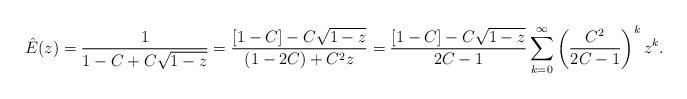
LaTeX: \begin{align*} \hat{E}(z) = \frac{1}{1-C + C \sqrt{1-z}} = \frac{[1-C] - C \sqrt{1-z}}{(1-2C) + C^2 z} = \frac{[1- C] - C \sqrt{1-z}}{2C -1} \sum_{k=0}^{\infty} \left(\frac{C^2}{2C -1}\right)^k z^k.\end{align*}